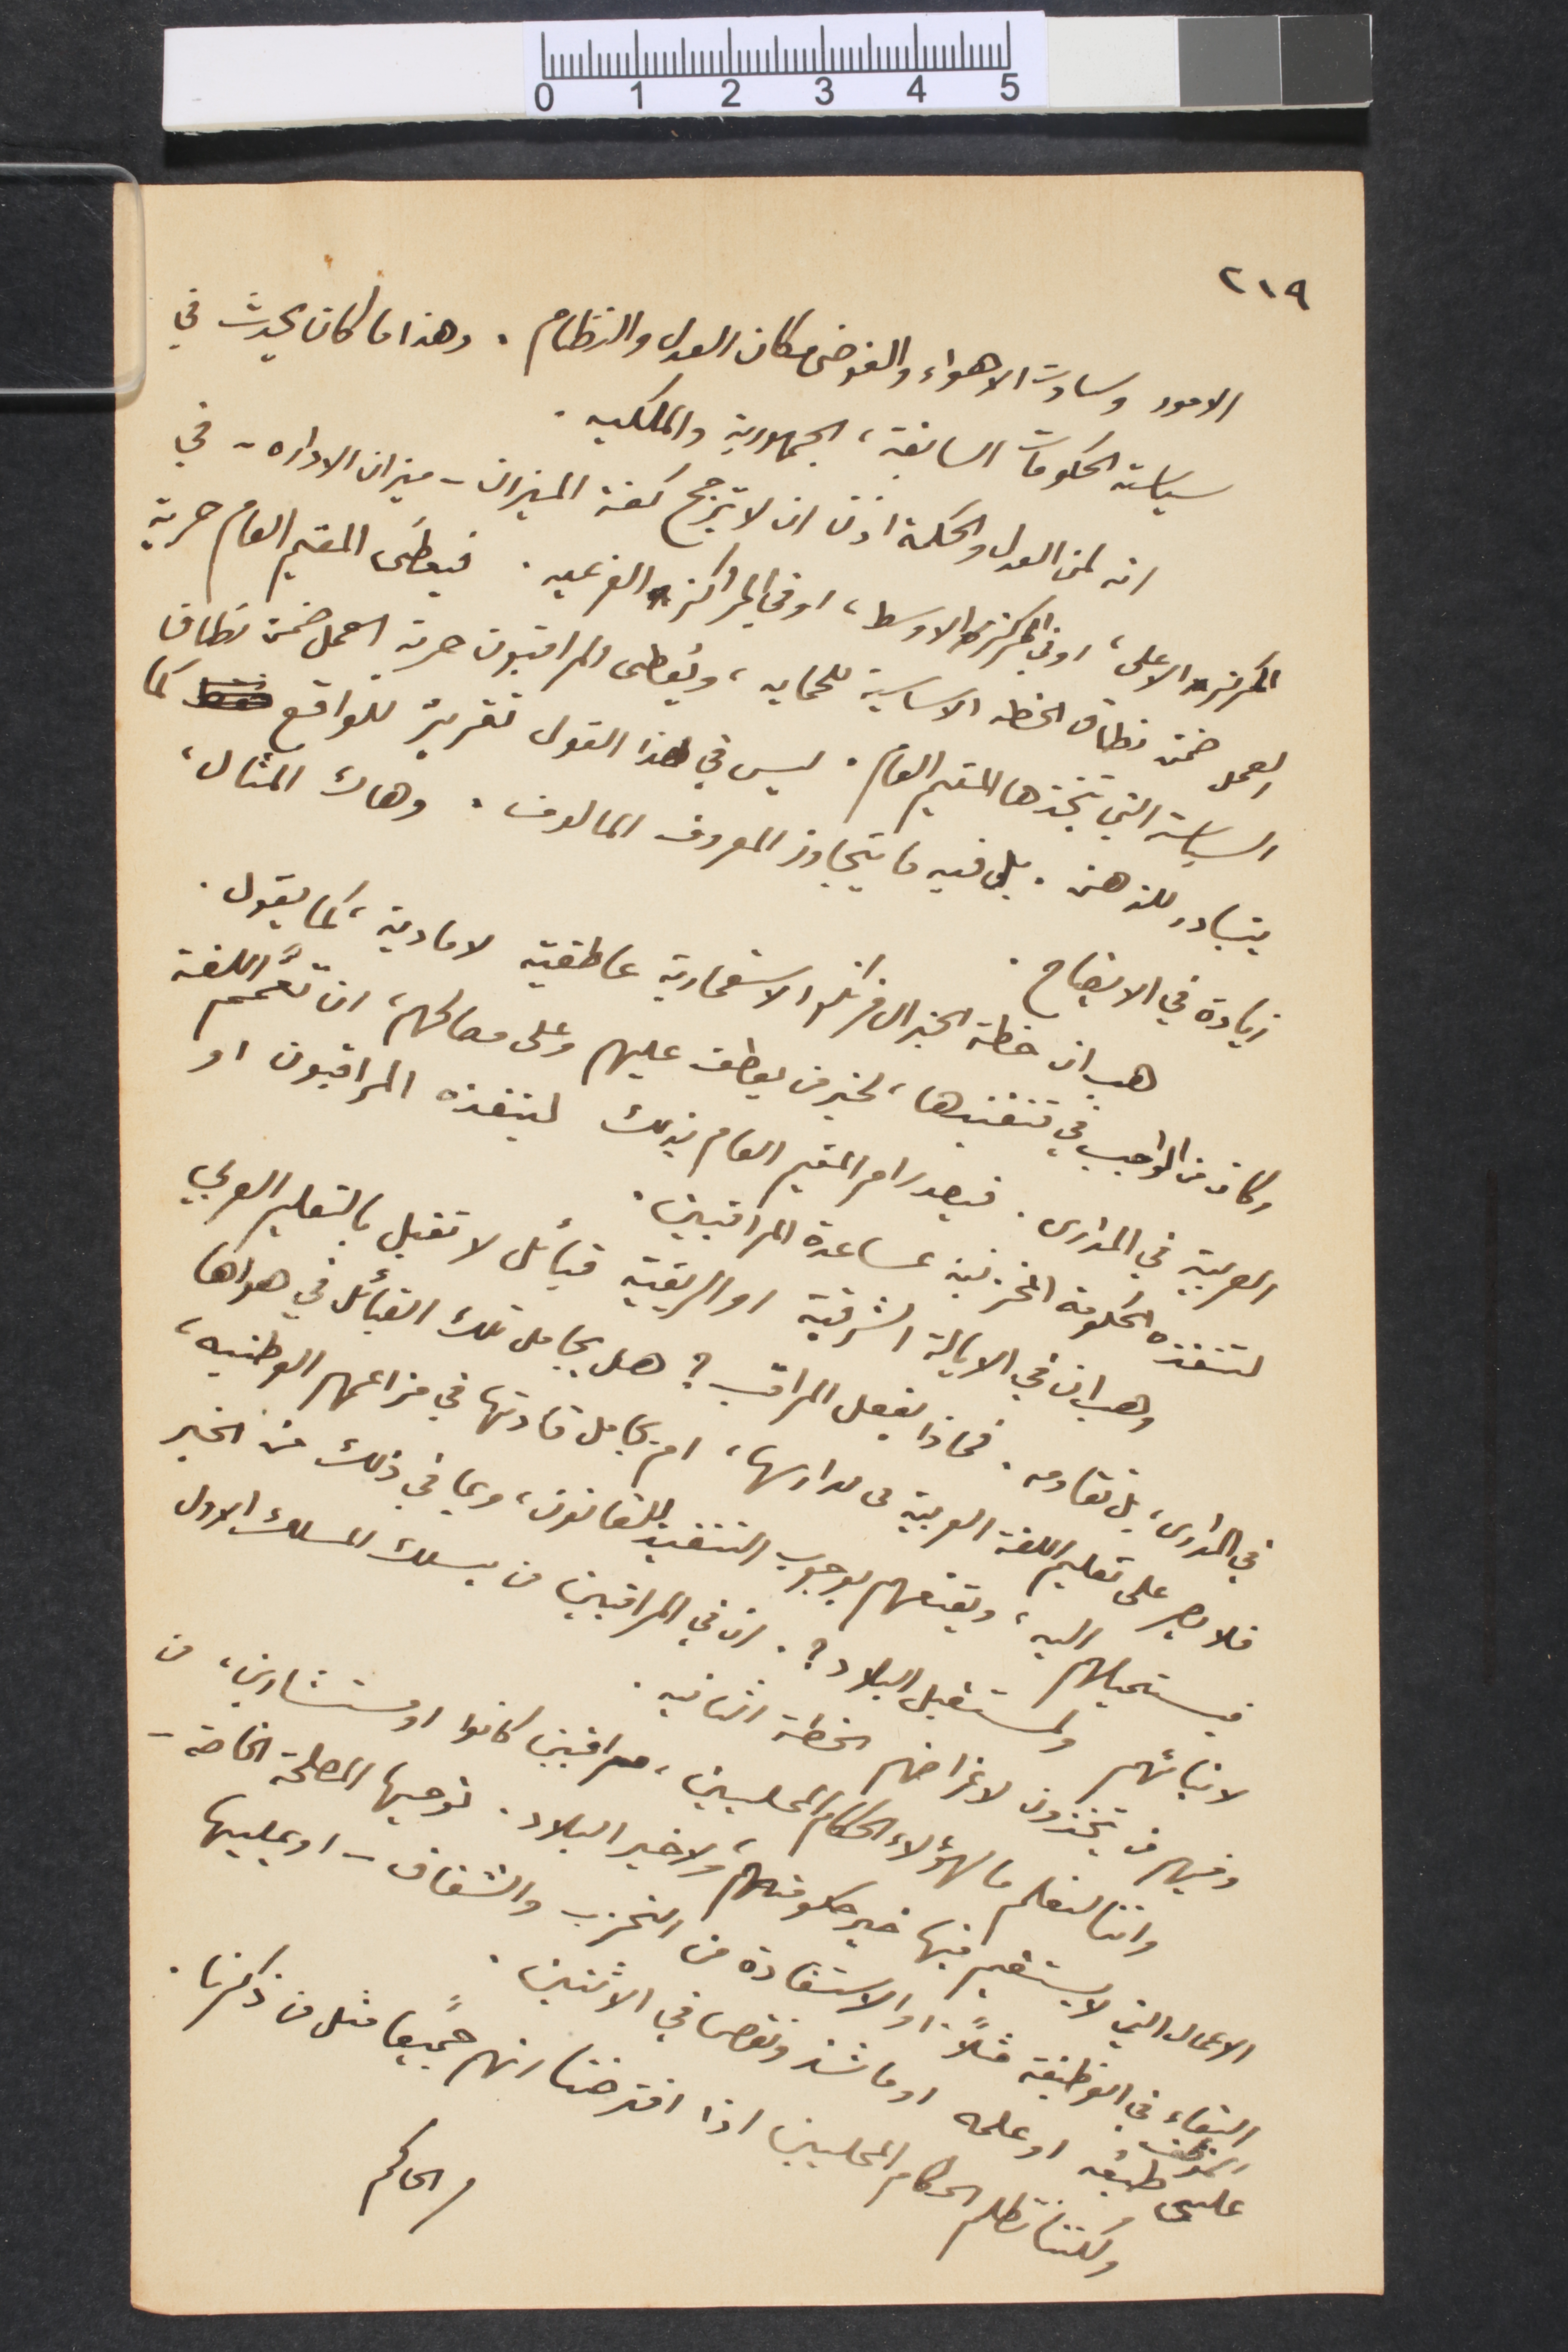
٢١٩
الأمور وسادت الأهواء والفوضى مكان العدل والنظام. وهذا ما كان يحدث في
سياسة الحكومات السابقة، الجمهورية والملكيه.
انه لمن العدل والحكمة اذن ان لا ترجح كفة الميزان - ميزان الاداره - في
المركز الأعلى، او في المركز الاوسط، او في المراكز الفرعيه. فيعطى المقيم العام حرية
العمل صن نطاق الخطة الأساسية للحماية، ويُعطى المراقبون حرية العمل ضمن نطاق
السياسة التي يتخذها المقيم العام. ليس في هذا القول تقرير للواقع كما
يتبادر للذهن. بل فيه ما يتنجاوز المعروف المألوف. وهاك المثال،
زيادة في الايضاح.
هي ان خطة الجنرال فرنكو الاستعمارية عاطفية لا مادية، كما يقول.
وكان من الواجب في تنفيذها، لخير من يعطف عليهم وعلى مصالحهم، ان تعمّم اللغة
العربية في المدارس، فيصدر امر المقيم العام بذلك لينفذه المراقبون او
لتفذه الحكومة %% بمساعدة المراقبين
وهي ان في الايالة الشرقية او الريفية قبائل لا تقبل بالتعليم العربي
في المدارس، بل تقاومه. فماذا يفعل المراقب؟ هل يجامل تلك القبائل في هواهًا
فلا يصر على تعليم اللغة العربية فى مدارسها، ام يجامل قادتها في مزاعمهم الوطنية،
فيستميلهم اليه، ويقنعهم بوجوب التقيد للقانون، وبما في ذلك من الخير
لأبنائهم ولمستقبل البلاد؟ لان في المراقبين من يسلك المسلك الأول
وفيهم من يتخذون لاغراضهم الخطة الثانيه.
واننا لنعلم ما لهؤلاء الحكام المحليين، مرابين كانوا او مستشارين، من
 الاعمال التي لا يستقيم فيها خير حكومتهم ولا خير البلاد. نوحيها المصلحة الخاصة -
البفاء في الوظيفة مثلًأ والاستفادة من التحزب والشقاق- او يمليها
الحاكم
الموظف
علتي طبفة اوعلمه اوما شذ ونقص في الأثنين.
ولكننا نظلم الحكام المحليين اذا افترضنا انهم جميعًا مثل ما ذكرنا.